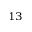
^ { 1 3 }